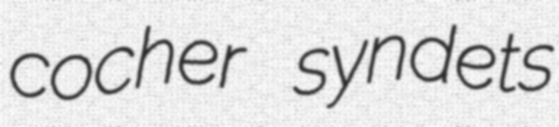
cocher syndets